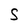
Character: 5